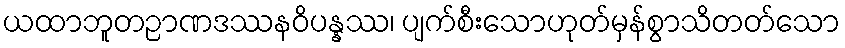
ယထာဘူတဉာဏဒဿနဝိပန္နဿ၊ ပျက်စီးသောဟုတ်မှန်စွာသိတတ်သော